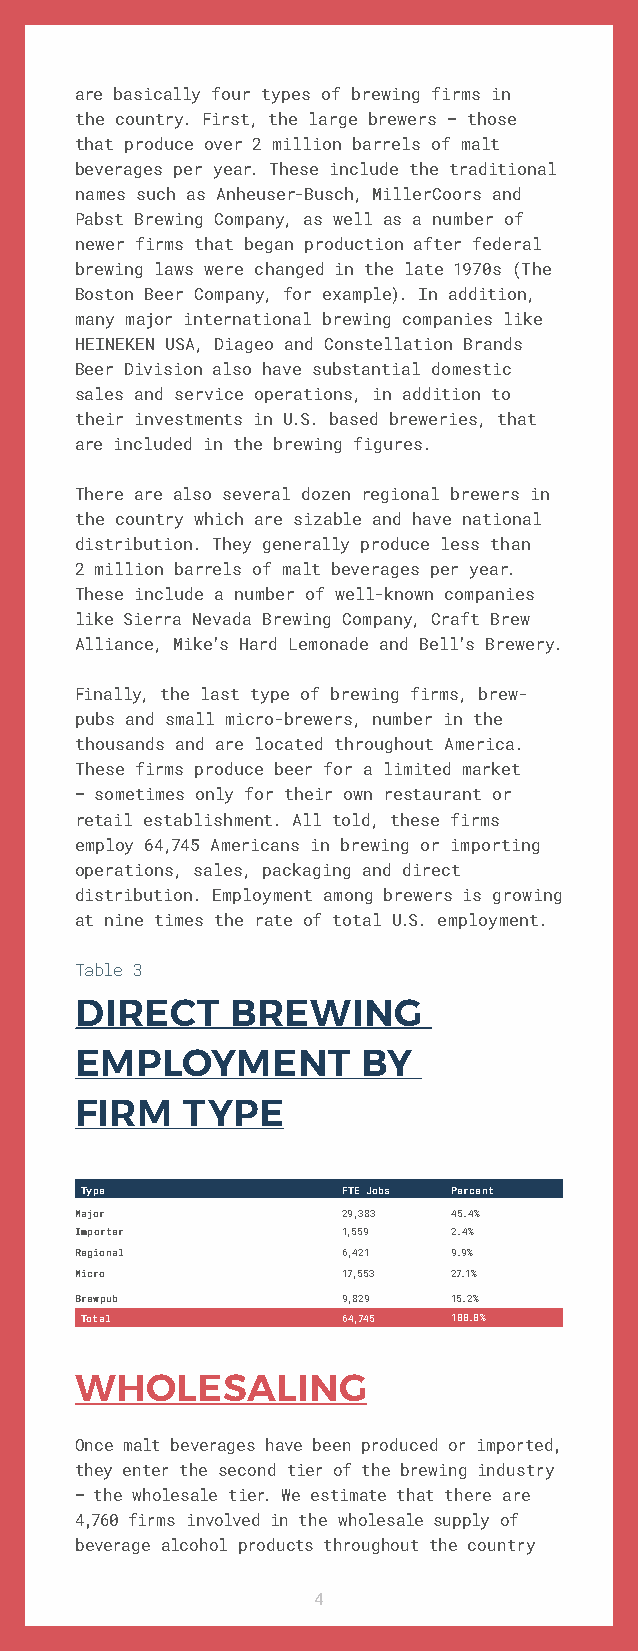
are basically four types of brewing firms in
 the country. First, the large brewers – those
 that produce over 2 million barrels of malt
 beverages per year. These include the traditional
 names such as Anheuser-Busch, MillerCoors and
 Pabst Brewing Company, as well as a number of
 newer firms that began production after federal
 brewing laws were changed in the late 1970s (The
 Boston Beer Company, for example). In addition,
 many major international brewing companies like
 HEINEKEN USA, Diageo and Constellation Brands
 Beer Division also have substantial domestic
 sales and service operations, in addition to
 their investments in U.S. based breweries, that
 are included in the brewing figures.
 There are also several dozen regional brewers in
 the country which are sizable and have national
 distribution. They generally produce less than
 2 million barrels of malt beverages per year.
 These include a number of well-known companies
 like Sierra Nevada Brewing Company, Craft Brew
 Alliance, Mike’s Hard Lemonade and Bell’s Brewery.
 Finally, the last type of brewing firms, brew-
 pubs and small micro-brewers, number in the
 thousands and are located throughout America.
 These firms produce beer for a limited market
 – sometimes only for their own restaurant or
 retail establishment. All told, these firms
 employ 64,745 Americans in brewing or importing
 operations, sales, packaging and direct
 distribution. Employment among brewers is growing
 at nine times the rate of total U.S. employment.
 Table 3
 DIRECT    BREWING
 EMPLOYMENT         BY
 FIRM   TYPE
 Type              FTE Jobs Percent
 Major             29,383 45.4%
 Importer          1,559  2.4%
 Regional          6,421  9.9%
 Micro             17,553 27.1%
 Brewpub           9,829  15.2%
 Total             64,745 100.0%
 WHOLESALING
 Once malt beverages have been produced or imported,
 they enter the second tier of the brewing industry
 – the wholesale tier. We estimate that there are
 4,760 firms involved in the wholesale supply of
 beverage alcohol products throughout the country
 4